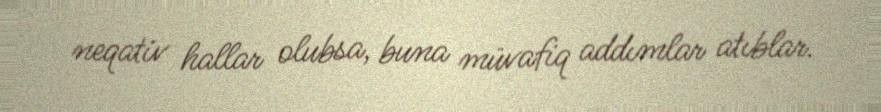
neqativ hallar olubsa, buna müvafiq addımlar atıblar.